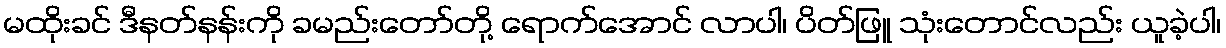
မထိုးခင် ဒီနတ်နန်းကို ခမည်းတော်တို့ ရောက်အောင် လာပါ၊ ပိတ်ဖြူ သုံးတောင်လည်း ယူခဲ့ပါ၊